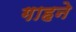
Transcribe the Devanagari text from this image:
गाहने